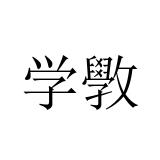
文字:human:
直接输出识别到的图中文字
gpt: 学斆